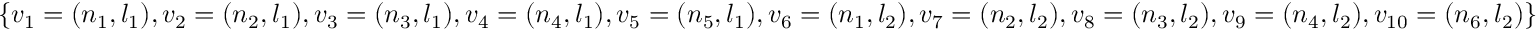
\{ v _ { 1 } = ( n _ { 1 } , l _ { 1 } ) , v _ { 2 } = ( n _ { 2 } , l _ { 1 } ) , v _ { 3 } = ( n _ { 3 } , l _ { 1 } ) , v _ { 4 } = ( n _ { 4 } , l _ { 1 } ) , v _ { 5 } = ( n _ { 5 } , l _ { 1 } ) , v _ { 6 } = ( n _ { 1 } , l _ { 2 } ) , v _ { 7 } = ( n _ { 2 } , l _ { 2 } ) , v _ { 8 } = ( n _ { 3 } , l _ { 2 } ) , v _ { 9 } = ( n _ { 4 } , l _ { 2 } ) , v _ { 1 0 } = ( n _ { 6 } , l _ { 2 } ) \}